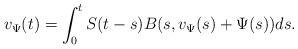
LaTeX: \begin{align*} v_\Psi(t) = \int_0^t S(t-s)B(s, v_\Psi(s) + \Psi(s))ds.\end{align*}